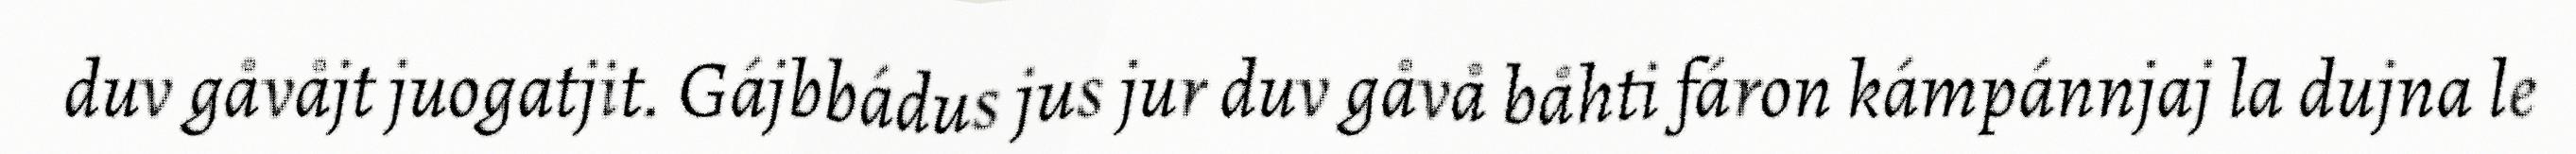
duv gåvåjt juogatjit. Gájbbádus jus jur duv gåvå båhti fáron kámpánnjaj la dujna le